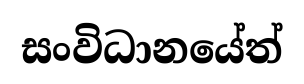
සංවිධානයේත්